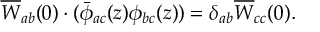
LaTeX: \overline { { { W } } } _ { a b } ( 0 ) \cdot ( \bar { \phi } _ { a c } ( z ) \phi _ { b c } ( z ) ) = \delta _ { a b } \overline { { { W } } } _ { c c } ( 0 ) .